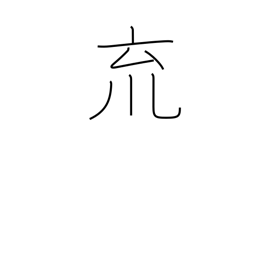
Meaning: a cup with pendants